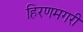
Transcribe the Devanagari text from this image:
हिरणमगरी